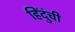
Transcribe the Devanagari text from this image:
हिंदुंची